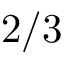
2 / 3